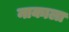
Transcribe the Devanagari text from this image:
नाकाला